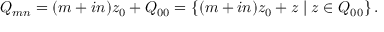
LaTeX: Q _ { m n } = ( m + i n ) z _ { 0 } + Q _ { 0 0 } = \left\{ ( m + i n ) z _ { 0 } + z \mid z \in Q _ { 0 0 } \right\} .